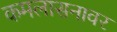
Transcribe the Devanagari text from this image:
कमलासनावर